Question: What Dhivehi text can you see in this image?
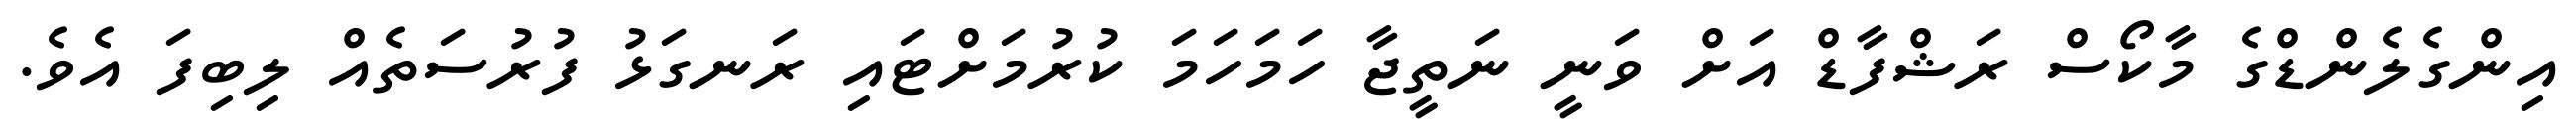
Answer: އިންގެލެންޑްގެ މާކޯސް ރަޝްފާޑް އަށް ވަނީ ނަތީޖާ ހަމަހަމަ ކުރުމަށްޓައި ރަނގަޅު ފުރުސަތެއް ލިބިފަ އެވެ.